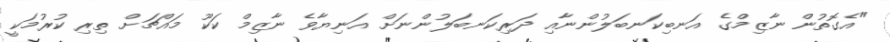
"އެގޮތުން ނާޒިމްގެ އަނބިކަނބަލުންނާއި ދަރިކަނބަލުންނަށް އަނިޔާވެ ނާޒިމް ކަކޫ މައްޗަށް ތިރި ކުރުމަކީ